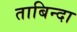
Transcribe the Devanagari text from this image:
ताबिन्दा